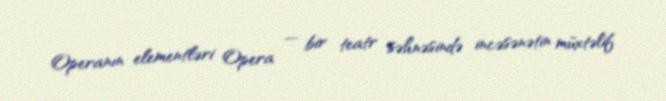
Operanın elementləri Opera — bir teatr səhnəsində incəsənətin müxtəlif